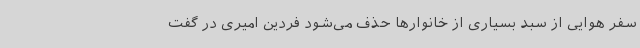
سفر هوایی از سبد بسیاری از خانوارها حذف می‌شود فردین امیری در گفت